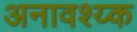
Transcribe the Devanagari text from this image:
अनावश्य्क